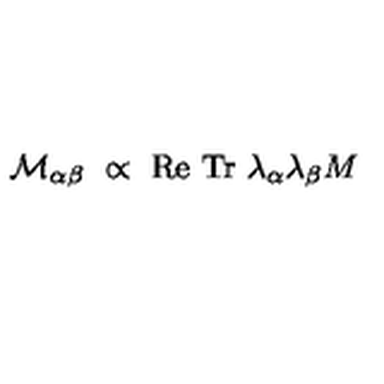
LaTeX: { \cal M } _ { \alpha \beta } \ \propto \ \mathrm { R e \ T r } \ \lambda _ { \alpha } \lambda _ { \beta } M